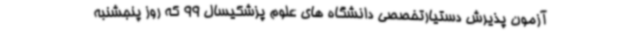
آزمون پذیرش دستیارتخصصی دانشگاه های علوم پزشکیسال 99 که روز پنجشنبه